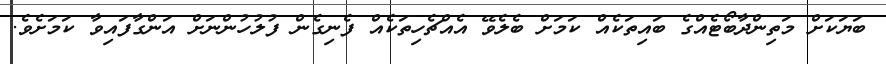
ބަޔަކަށް މަތިންދާބޯޓެއްގެ ބައިތަކެއް ކަމަށް ބެލެވޭ އެއްޗެހިތަކެއް ފެނިގެން ފުލުހުންނަށް އަންގާފައިވާ ކަމަށެވެ.